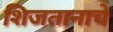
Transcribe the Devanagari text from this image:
शिजतानाचे